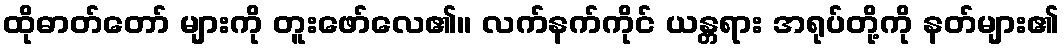
ထိုဓာတ်တော် များကို တူးဖော်လေ၏။ လက်နက်ကိုင် ယန္တရား အရုပ်တို့ကို နတ်များ၏